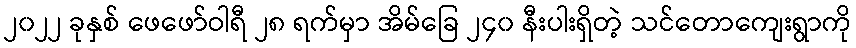
၂၀၂၂ ခုနှစ် ဖေဖော်ဝါရီ ၂၈ ရက်မှာ အိမ်ခြေ ၂၄၀ နီးပါးရှိတဲ့ သင်တောကျေးရွာကို